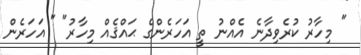
" މިހާރު ކުރެވިދާނެ އެއްނު ތީ އަހަރެންގެ ޙައްޤެއް މިހާރު" " އަހަރެން